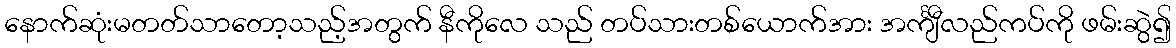
နောက်ဆုံးမတတ်သာတော့သည့်အတွက် နီကိုလေ သည် တပ်သားတစ်ယောက်အား အင်္ကျီလည်ကပ်ကို ဖမ်းဆွဲ၍